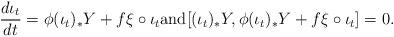
LaTeX: \begin{align*} \frac{d \iota_{t}}{dt} = \phi (\iota_{t})_{*} Y + f \xi \circ \iota_{t} \mbox{and} [ (\iota_{t})_{*} Y, \phi (\iota_{t})_{*} Y + f \xi \circ \iota_{t}] = 0. \end{align*}